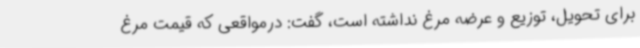
برای تحویل، توزیع و عرضه مرغ نداشته است، گفت: درمواقعی که قیمت مرغ